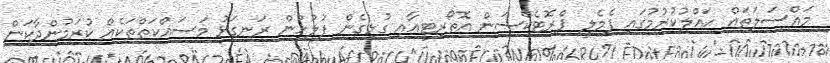
މައްސަލަތައް ހައްލުކުރުމުގައި ފެމެލީ ޕްރޮޓެކްޝަން އޮތޯރިޓީއާއި ގުޅިގެން ފުލުހުން ރަނގަޅު މަސައްކަތްތަކެއް ކުރަމުންދާކަން